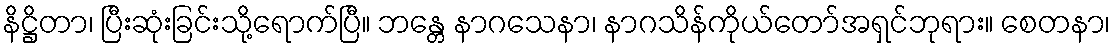
နိဋ္ဌိတာ၊ ပြီးဆုံးခြင်းသို့ရောက်ပြီ။ ဘန္တေ နာဂသေနာ၊ နာဂသိန်ကိုယ်တော်အရှင်ဘုရား။ စေတနာ၊